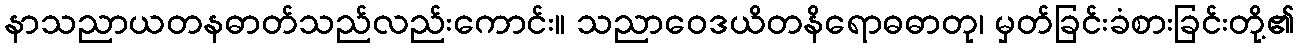
နာသညာယတနဓာတ်သည်လည်းကောင်း။ သညာဝေဒယိတနိရောဓဓာတု၊ မှတ်ခြင်းခံစားခြင်းတို့၏